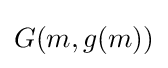
G(m,g(m))